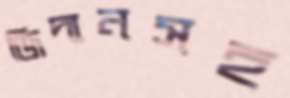
জিদানসহ